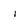
Character: l